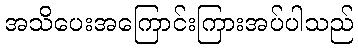
အသိပေးအကြောင်းကြားအပ်ပါသည်